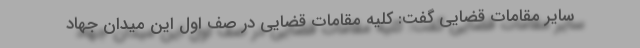
سایر مقامات قضایی گفت: کلیه مقامات قضایی در صف اول این میدان جهاد